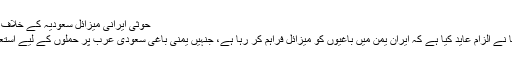
حوثی ایرانی میزائل سعودیہ کے خلاف استعمال کرتے
نیویارک:امریکا نے الزام عاید کیا ہے کہ ایران یمن میں باغیوں کو میزائل فراہم کر رہا ہے، جنہیں یمنی باغی سعودی عرب پر حملوں کے لیے استعمال کرتے ہیں۔